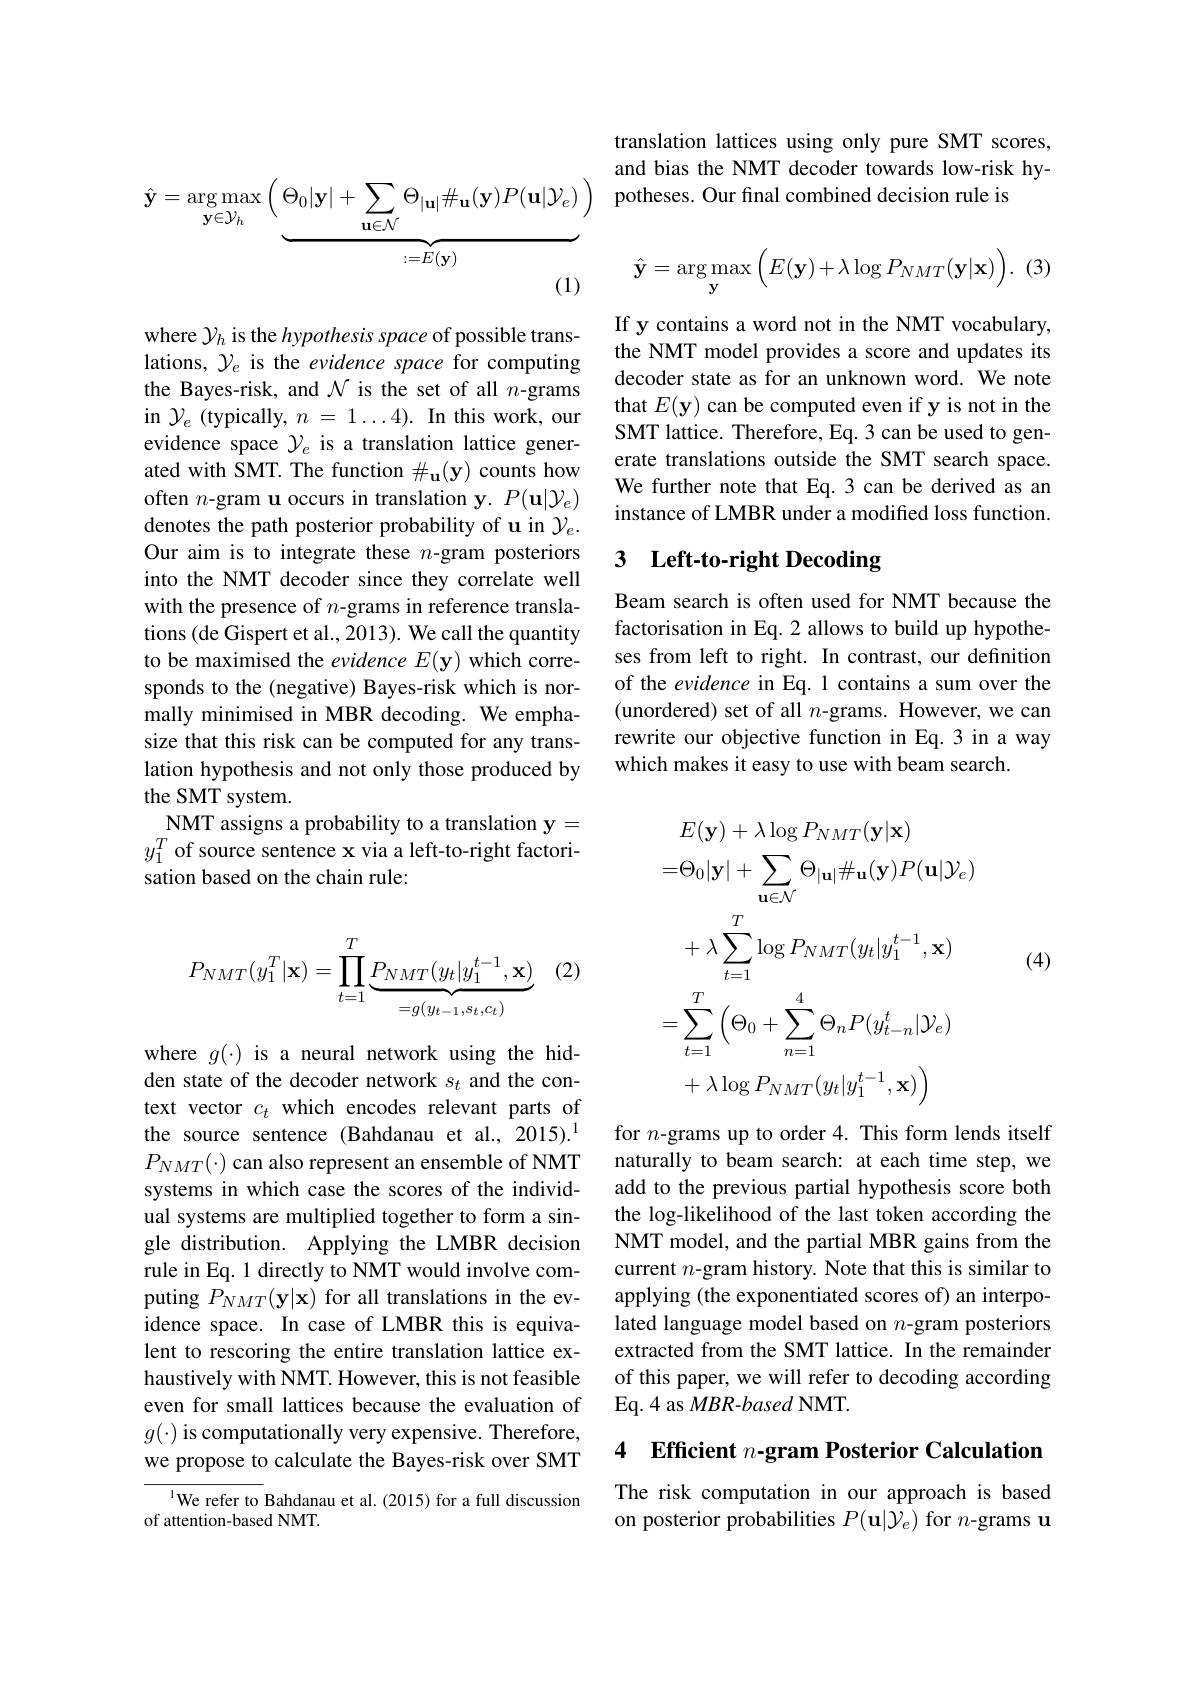
$\hat{\mathbf{y}}=\arg\max_{\mathbf{y}\in\mathcal{Y}_h}\left(\underbrace{\Theta_0|\mathbf{y}|+\sum_{\mathbf{u}\in\mathcal{N}}\Theta_{|\mathbf{u}|}\#_{\mathbf{u}}(\mathbf{y})P(\mathbf{u}|\mathcal{Y}_e)}_{\because=E(\mathbf{v})}\right)$

(1)

where $\mathcal{Y}_h$ is the hypothesis space of possible translations, $\mathcal{Y}_e$ is the evidence space for computing the Bayes-risk, and $\mathcal{N}$ is the set of all $n$-grams in $\mathcal{Y}_e$ (typically, $n= 1\ldots 4) . \textbf{In this work, our}$ evidence space $\mathcal{Y}_e$ is a translation lattice generated with SMT. The function $\#_\mathbf{u}(\mathbf{y})$ counts how often $n$-gram u occurs in translation y. $P(\mathbf{u}|\mathcal{Y}_e)$ denotes the path posterior probability of u in $\mathcal{Y}_e.$ Our aim is to integrate these $n$-gram posteriors into the NMT decoder since they correlate well with the presence of $n$-grams in reference translations (de Gispert et al., 2013). We call the quantity to be maximised the evidence E(y) which corresponds to the (negative) Bayes-risk which is normally minimised in MBR decoding. We emphasize that this risk can be computed for any translation hypothesis and not only those produced by the SMT system.
NMT assigns a probability to a translation y = $y_1^T$ of source sentence x via a left-to-right factorisation based on the chain rule:

(2)
$$P_{NMT}(y_1^T|\mathbf{x})=\prod_{t=1}^T\underbrace{P_{NMT}(y_t|y_1^{t-1},\mathbf{x})}_{=g(y_{t-1},s_t,c_t)}$$
where $g(\cdot)$ is a neural network using the hidden state of the decoder network $s_t$ and the context vector $c_t$ which encodes relevant parts of the source sentence (Bahdanau et al.,2015).$^{1}$ $P_{NMT}(\cdot)$ can also represent an ensemble of NMT systems in which case the scores of the individual systems are multiplied together to form a single distribution. Applying the LMBR decision rule in Eq. 1 directly to NMT would involve computing $P_{NMT}(\mathbf{y}|\mathbf{x})$ for all translations in the evidence space. In case of LMBR this is equivalent to rescoring the entire translation lattice exhaustively with NMT. However, this is not feasible even for small lattices because the evaluation of $g(\cdot)$ is computationally very expensive. Therefore, we propose to calculate the Bayes-risk over SMT

$^{\mathrm{l}}$We refer to Bahdanau et al.(2015) for a full discussion
of attention-based NMT.

translation lattices using only pure SMT scores, and bias the NMT decoder towards low-risk hypotheses. Our final combined decision rule is
$$\hat{\mathbf{y}}=\arg\max\limits_{\mathbf{y}}\Big(E(\mathbf{y})+\lambda\log P_{NMT}(\mathbf{y}|\mathbf{x})\Big).$$
(3

If y contains a word not in the NMT vocabulary, the NMT model provides a score and updates its decoder state as for an unknown word. We note that $E(\mathbf{y})$ can be computed even if y is not in the SMT lattice. Therefore, Eq. 3 can be used to generate translations outside the SMT search space. We further note that Eq.3 can be derived as an instance of LMBR under a modified loss function.

## 3 $\textbf{Left- to- right Decoding}$

Beam search is often used for NMT because the factorisation in Eq. 2 allows to build up hypotheses from left to right. In contrast, our definition of the evidence in Eq. 1 contains a sum over the (unordered) set of all $n$-grams. However, we can rewrite our objective function in Eq.3 in a way which makes it easy to use with beam search.
$$E(\mathbf{y})+\lambda\log P_{NMT}(\mathbf{y}|\mathbf{x})\\=\Theta_{0}|\mathbf{y}|+\sum_{\mathbf{u}\in\mathcal{N}}\Theta_{|\mathbf{u}|}\#_{\mathbf{u}}(\mathbf{y})P(\mathbf{u}|\mathcal{Y}_{e})\\+\lambda\sum_{t=1}^{T}\log P_{NMT}(y_{t}|y_{1}^{t-1},\mathbf{x})\\=\sum_{t=1}^{T}\left(\Theta_{0}+\sum_{n=1}^{4}\Theta_{n}P(y_{t-n}^{t}|\mathcal{Y}_{e})\right.\\+\lambda\log P_{NMT}(y_{t}|y_{1}^{t-1},\mathbf{x})\Big)$$
(4)

for $n$-grams up to order 4. This form lends itself naturally to beam search: at each time step, we add to the previous partial hypothesis score both the log-likelihood of the last token according the NMT model, and the partial MBR gains from the current $n$-gram history. Note that this is similar to applying (the exponentiated scores of) an interpolated language model based on $n$-gram posteriors extracted from the SMT lattice. In the remainder of this paper, we will refer to decoding according Eq. 4 as $MBR-based$ NMT.

4 Efficient $n\textbf{- gram Posterior Calculation}$

The risk computation in our approach is based on posterior probabilities $P(\mathbf{u}|\mathcal{Y}_e)$ for $n$-grams u